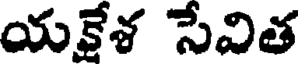
యక్షేశ సేవిత